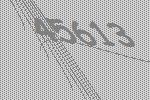
45613